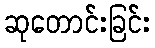
ဆုတောင်းခြင်း